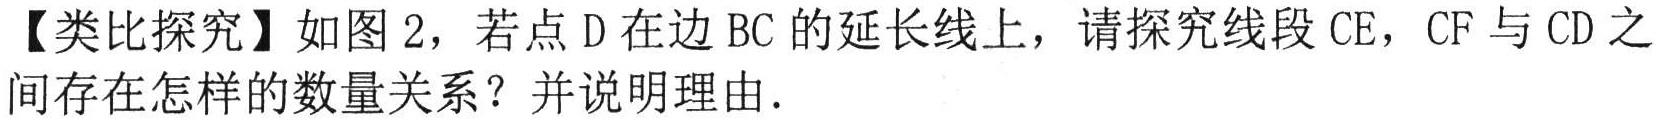
【类比探究】如图 2，若点 D 在边 BC 的延长线上，请探究线段 CE，CF 与 CD 之间存在怎样的数量关系？并说明理由．